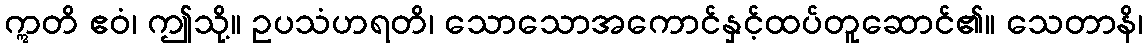
ဣတိ ဧဝံ၊ ဤသို့။ ဥပသံဟရတိ၊ သောသောအကောင်နှင့်ထပ်တူဆောင်၏။ သေတာနိ၊